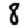
Digit: 8